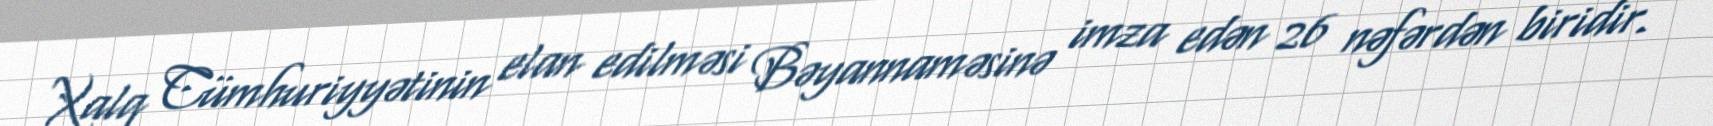
Xalq Cümhuriyyətinin elan edilməsi Bəyannaməsinə imza edən 26 nəfərdən biridir.